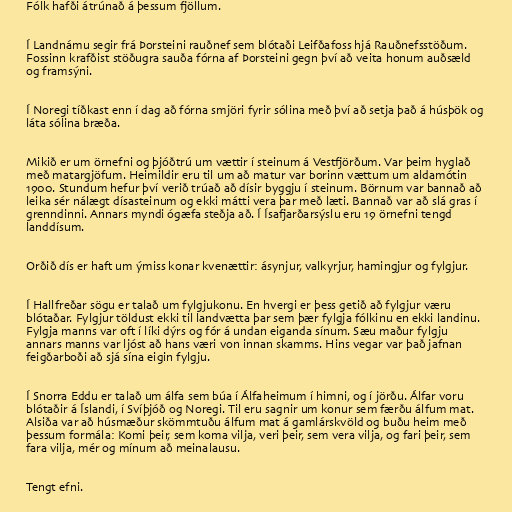
Fólk hafði átrúnað á þessum fjöllum.

Í Landnámu segir frá Þorsteini rauðnef sem blótaði Leifðafoss hjá Rauðnefsstöðum.
Fossinn krafðist stöðugra sauða fórna af Þorsteini gegn því að veita honum auðsæld
og framsýni.

Í Noregi tíðkast enn í dag að fórna smjöri fyrir sólina með því að setja það á húsþök og
láta sólina bræða.

Mikið er um örnefni og þjóðtrú um vættir í steinum á Vestfjörðum. Var þeim hyglað
með matargjöfum. Heimildir eru til um að matur var borinn vættum um aldamótin
1900. Stundum hefur því verið trúað að dísir byggju í steinum. Börnum var bannað að
leika sér nálægt dísasteinum og ekki mátti vera þar með læti. Bannað var að slá gras í
grenndinni. Annars myndi ógæfa steðja að. Í Ísafjarðarsýslu eru 19 örnefni tengd
landdísum.

Orðið dís er haft um ýmiss konar kvenættir: ásynjur, valkyrjur, hamingjur og fylgjur.

Í Hallfreðar sögu er talað um fylgjukonu. En hvergi er þess getið að fylgjur væru
blótaðar. Fylgjur töldust ekki til landvætta þar sem þær fylgja fólkinu en ekki landinu.
Fylgja manns var oft í líki dýrs og fór á undan eiganda sínum. Sæu maður fylgju
annars manns var ljóst að hans væri von innan skamms. Hins vegar var það jafnan
feigðarboði að sjá sína eigin fylgju.

Í Snorra Eddu er talað um álfa sem búa í Álfaheimum í himni, og í jörðu. Álfar voru
blótaðir á Íslandi, í Svíþjóð og Noregi. Til eru sagnir um konur sem færðu álfum mat.
Alsiða var að húsmæður skömmtuðu álfum mat á gamlárskvöld og buðu heim með
þessum formála: Komi þeir, sem koma vilja, veri þeir, sem vera vilja, og fari þeir, sem
fara vilja, mér og mínum að meinalausu.

Tengt efni.